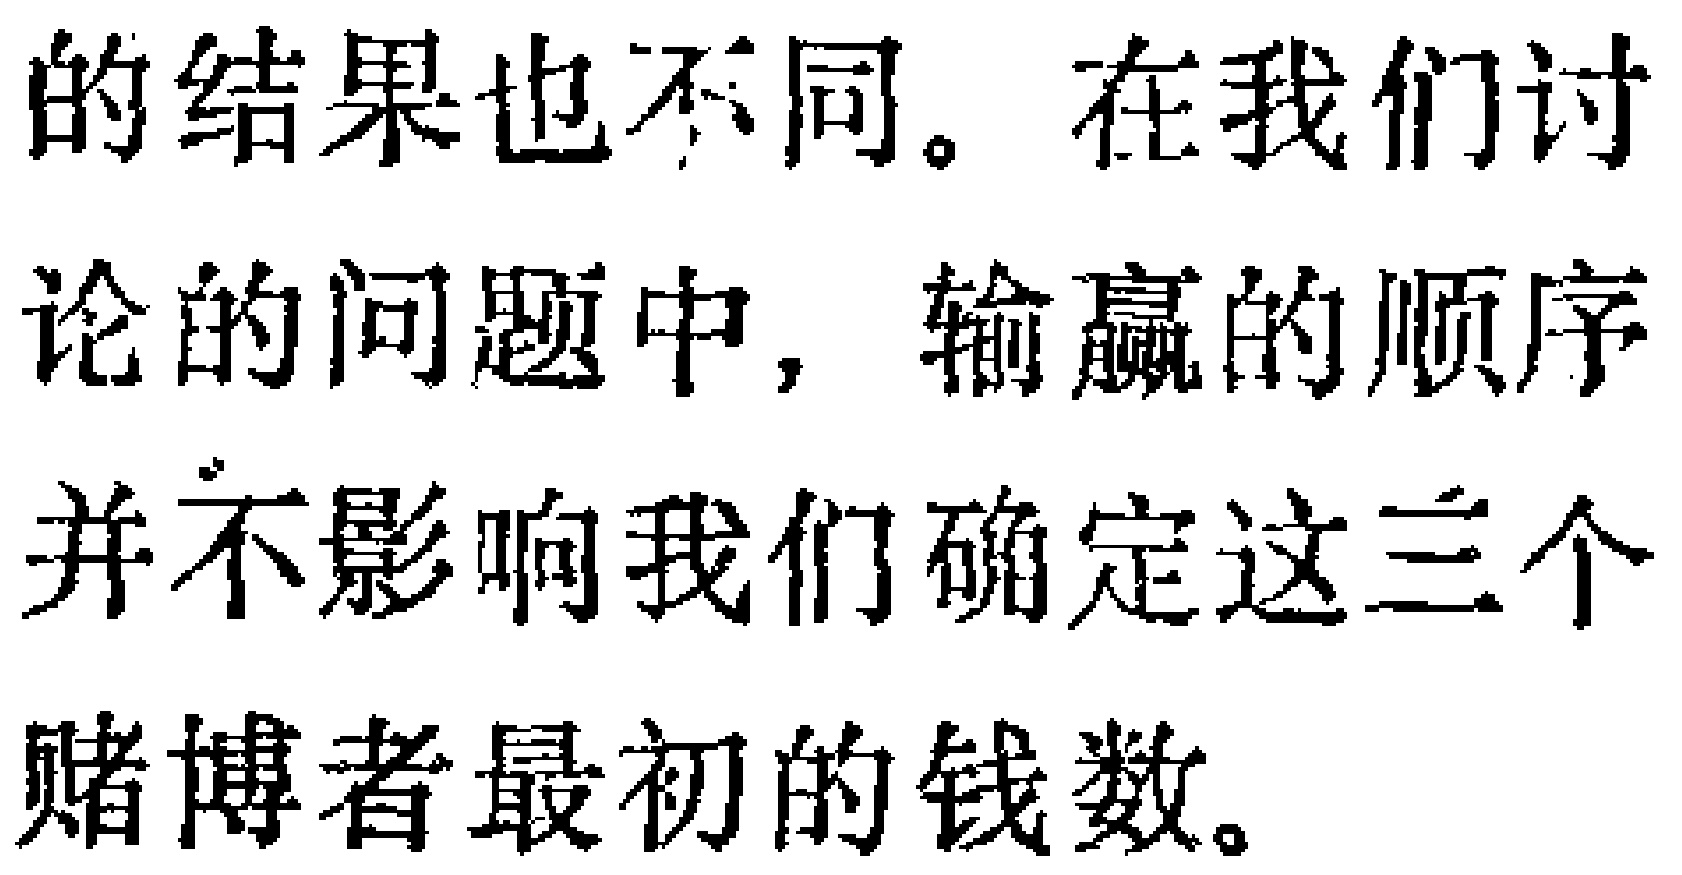
的结果也不同。在我们讨
论的问题中，输赢的顺序
并不影响我们确定这三个
赌博者最初的钱数。